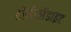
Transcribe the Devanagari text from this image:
हॉर्नब्लेंडाइट